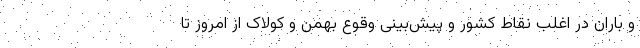
و باران در اغلب نقاط کشور و پیش‌بینی وقوع بهمن و کولاک از امروز تا